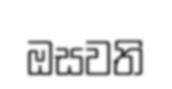
ඔසවති